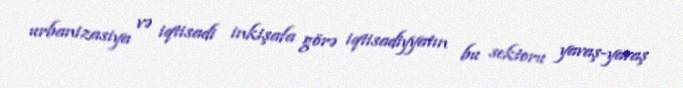
urbanizasiya və iqtisadi inkişafa görə iqtisadiyyatın bu sektoru yavaş-yavaş